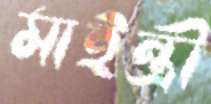
মাইন্ত্রী